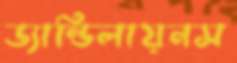
ড্যান্ডিলায়নস